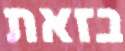
בזאת